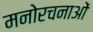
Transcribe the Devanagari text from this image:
मनोरचनाओं